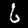
Label: 6